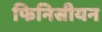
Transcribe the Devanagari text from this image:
फिनिसीयन